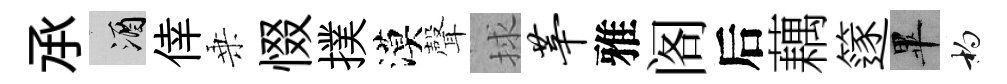
𠄘酒倖乗惙撲漠聲捄莘雅阁后藕篴畢杓